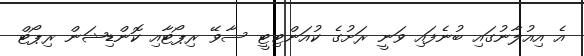
އެ އިއުލާނުގައި ބުނެފައި ވަނީ ރަށުގެ ކުއަންޓިޓީ ސާވޭ ރިޕޯޓާއި ކޮންޑިޝަން ރިޕޯޓް